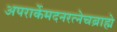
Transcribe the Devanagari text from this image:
अपरार्केमदनरत्नेचब्राह्मे